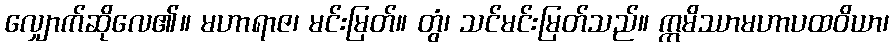
လျှောက်ဆိုလေ၏။ မဟာရာဇ၊ မင်းမြတ်။ တွံ၊ သင်မင်းမြတ်သည်။ ဣမိဿာမဟာပထဝိယာ၊